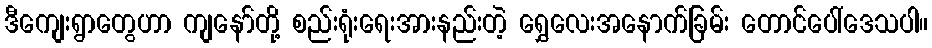
ဒီကျေးရွာတွေဟာ ကျနော်တို့ စည်းရုံးရေးအားနည်းတဲ့ ရွှေလေးအနောက်ခြမ်း တောင်ပေါ်ဒေသပါ။